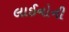
લાઈનોની